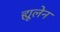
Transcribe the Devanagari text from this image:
ह्यूलेन